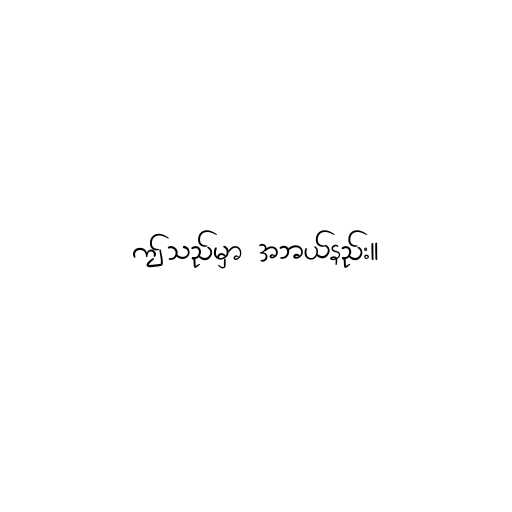
ဤသည်မှာ အဘယ်နည်း။